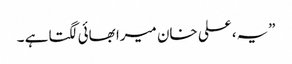
”یہ، علی خان میرا بھائی لگتا ہے ۔